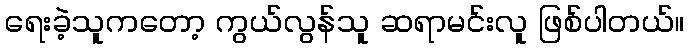
ရေးခဲ့သူကတော့ ကွယ်လွန်သူ ဆရာမင်းလူ ဖြစ်ပါတယ်။